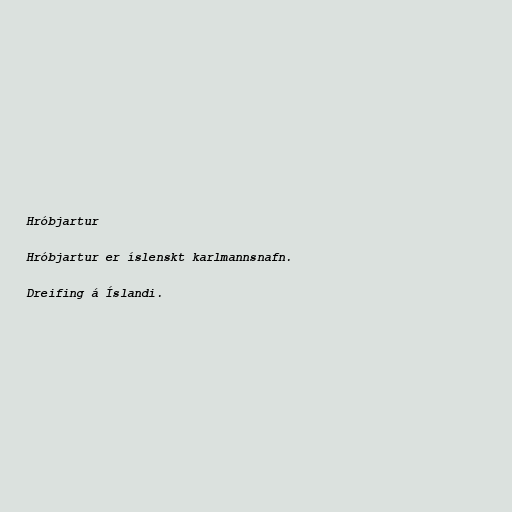
Hróbjartur

Hróbjartur er íslenskt karlmannsnafn.

Dreifing á Íslandi.